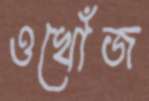
ওখোঁজ